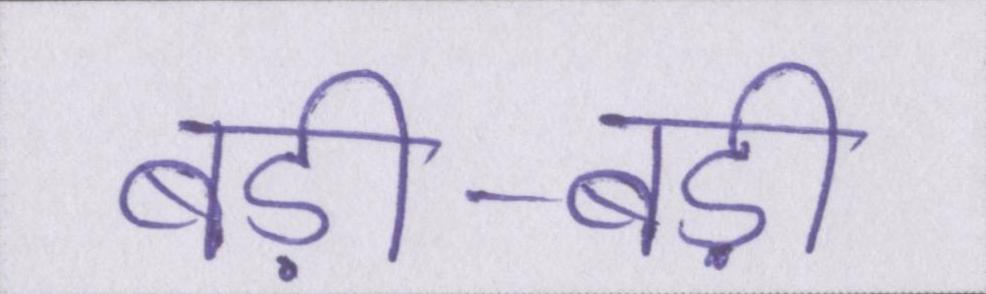
बड़ी-बड़ी